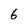
Character: 6